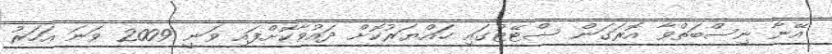
އޭނާ ނިސްބަތްވާ އޮރަގަން ސްޓޭޓުގައި ހައްޔަރުކޮށް ދައުވާކޮށްފައި ވަނީ 2009 ވަނަ އަހަރު